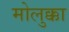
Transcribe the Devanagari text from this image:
मोलुक्का